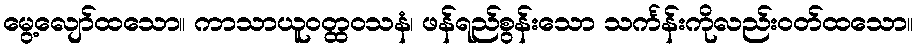
မွေ့လျော်ထသော။ ကာသာယူဝတ္ထဝသနံ၊ ဖန်ရည်စွန်းသော သင်္ကန်းကိုလည်းဝတ်ထသော။